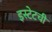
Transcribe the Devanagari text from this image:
इस्टेटची